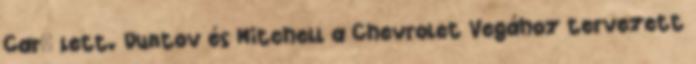
Car" lett. Duntov és Mitchell a Chevrolet Vegához tervezett